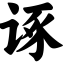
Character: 诼